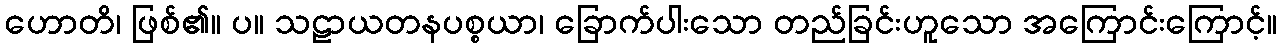
ဟောတိ၊ ဖြစ်၏။ ပ။ သဠာယတနပစ္စယာ၊ ခြောက်ပါးသော တည်ခြင်းဟူသော အကြောင်းကြောင့်။